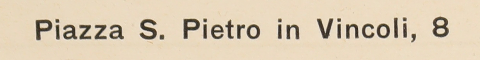
Piazza S. Pietro in Vincoli, 8